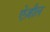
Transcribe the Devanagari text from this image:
ऐज़ौल